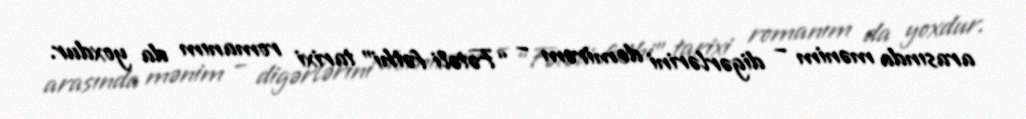
arasında mənim – digərlərini demirəm – “Fətəli fəthi” tarixi romanım da yoxdur.